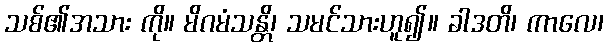
သစ်၏အသား ကို။ မိဂမံသန္တိ၊ သမင်သားဟူ၍။ ခါဒတိ၊ ကာလေ၊